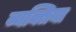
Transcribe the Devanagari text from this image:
व्यक्तिया